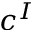
c ^ { I }